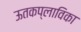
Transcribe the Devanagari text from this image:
ऊतकप्लाविका